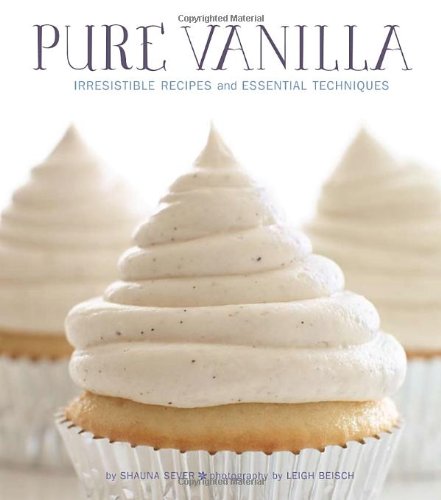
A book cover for Pure Vanilla: Irresistible Recipes and Essential Techniques; Shauna Sever; Cookbooks, Food & Wine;